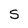
Character: S